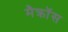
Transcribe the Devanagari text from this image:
मैक्रॉस